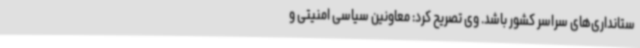
ستانداری‌های سراسر کشور باشد. وی تصریح کرد: معاونین سیاسی امنیتی و